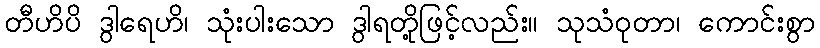
တီဟိပိ ဒွါရေဟိ၊ သုံးပါးသော ဒွါရတို့ဖြင့်လည်း။ သုသံဝုတာ၊ ကောင်းစွာ